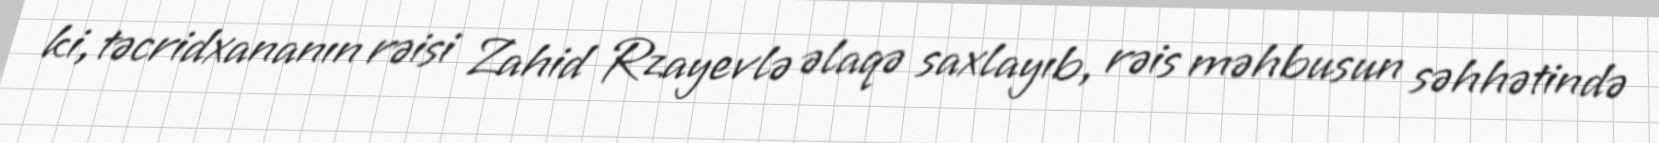
ki, təcridxananın rəisi Zahid Rzayevlə əlaqə saxlayıb, rəis məhbusun səhhətində